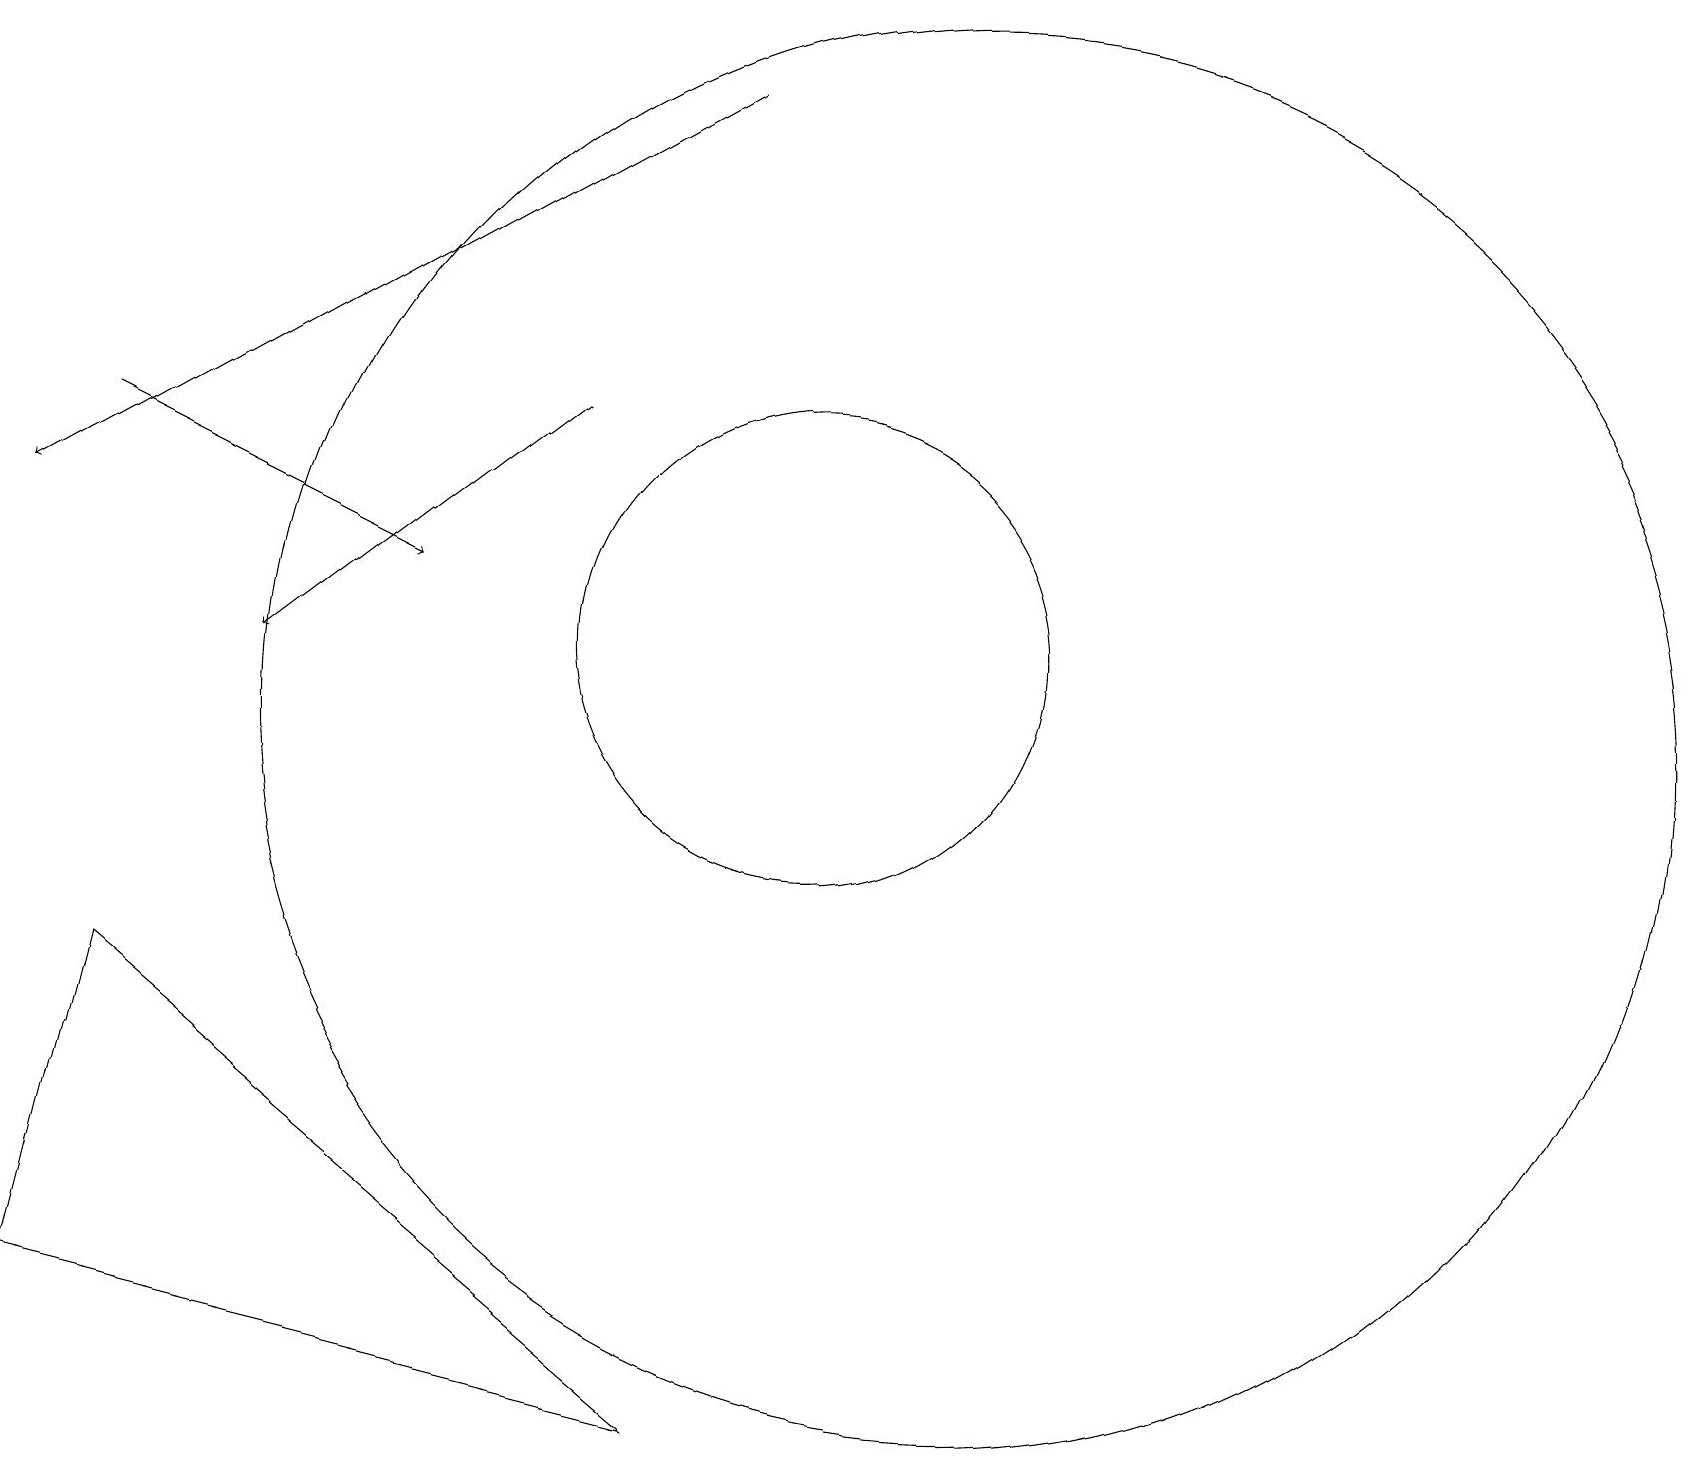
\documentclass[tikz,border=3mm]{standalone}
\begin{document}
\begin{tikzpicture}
\draw[->] (9,18) -- (0,13);
\draw[->] (1,14) -- (5,12);
\draw[->] (7,14) -- (3,11);
\draw (8,1) -- (0,3) -- (1,7) -- cycle;
\draw (10,11) circle (3);
\draw (12,10) circle (9);
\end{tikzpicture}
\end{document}